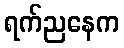
ရက်ညနေက